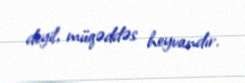
deyil, müqəddəs heyvandır.